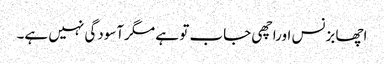
اچھا بزنس اوراچھی جاب تو ہے مگرآسودگی نہیں ہے۔